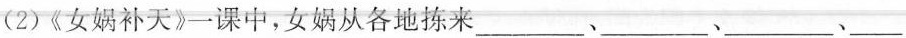
(2)《女娲补天》一课中，女娲从各地拣来___﹑___﹑___、___